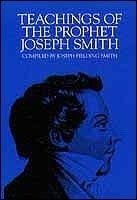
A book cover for Teachings of the Prophet Joseph Smith; Joseph F. Smith; Christian Books & Bibles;